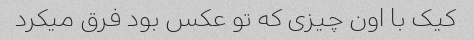
کیک با اون چیزی که تو عکس بود فرق میکرد